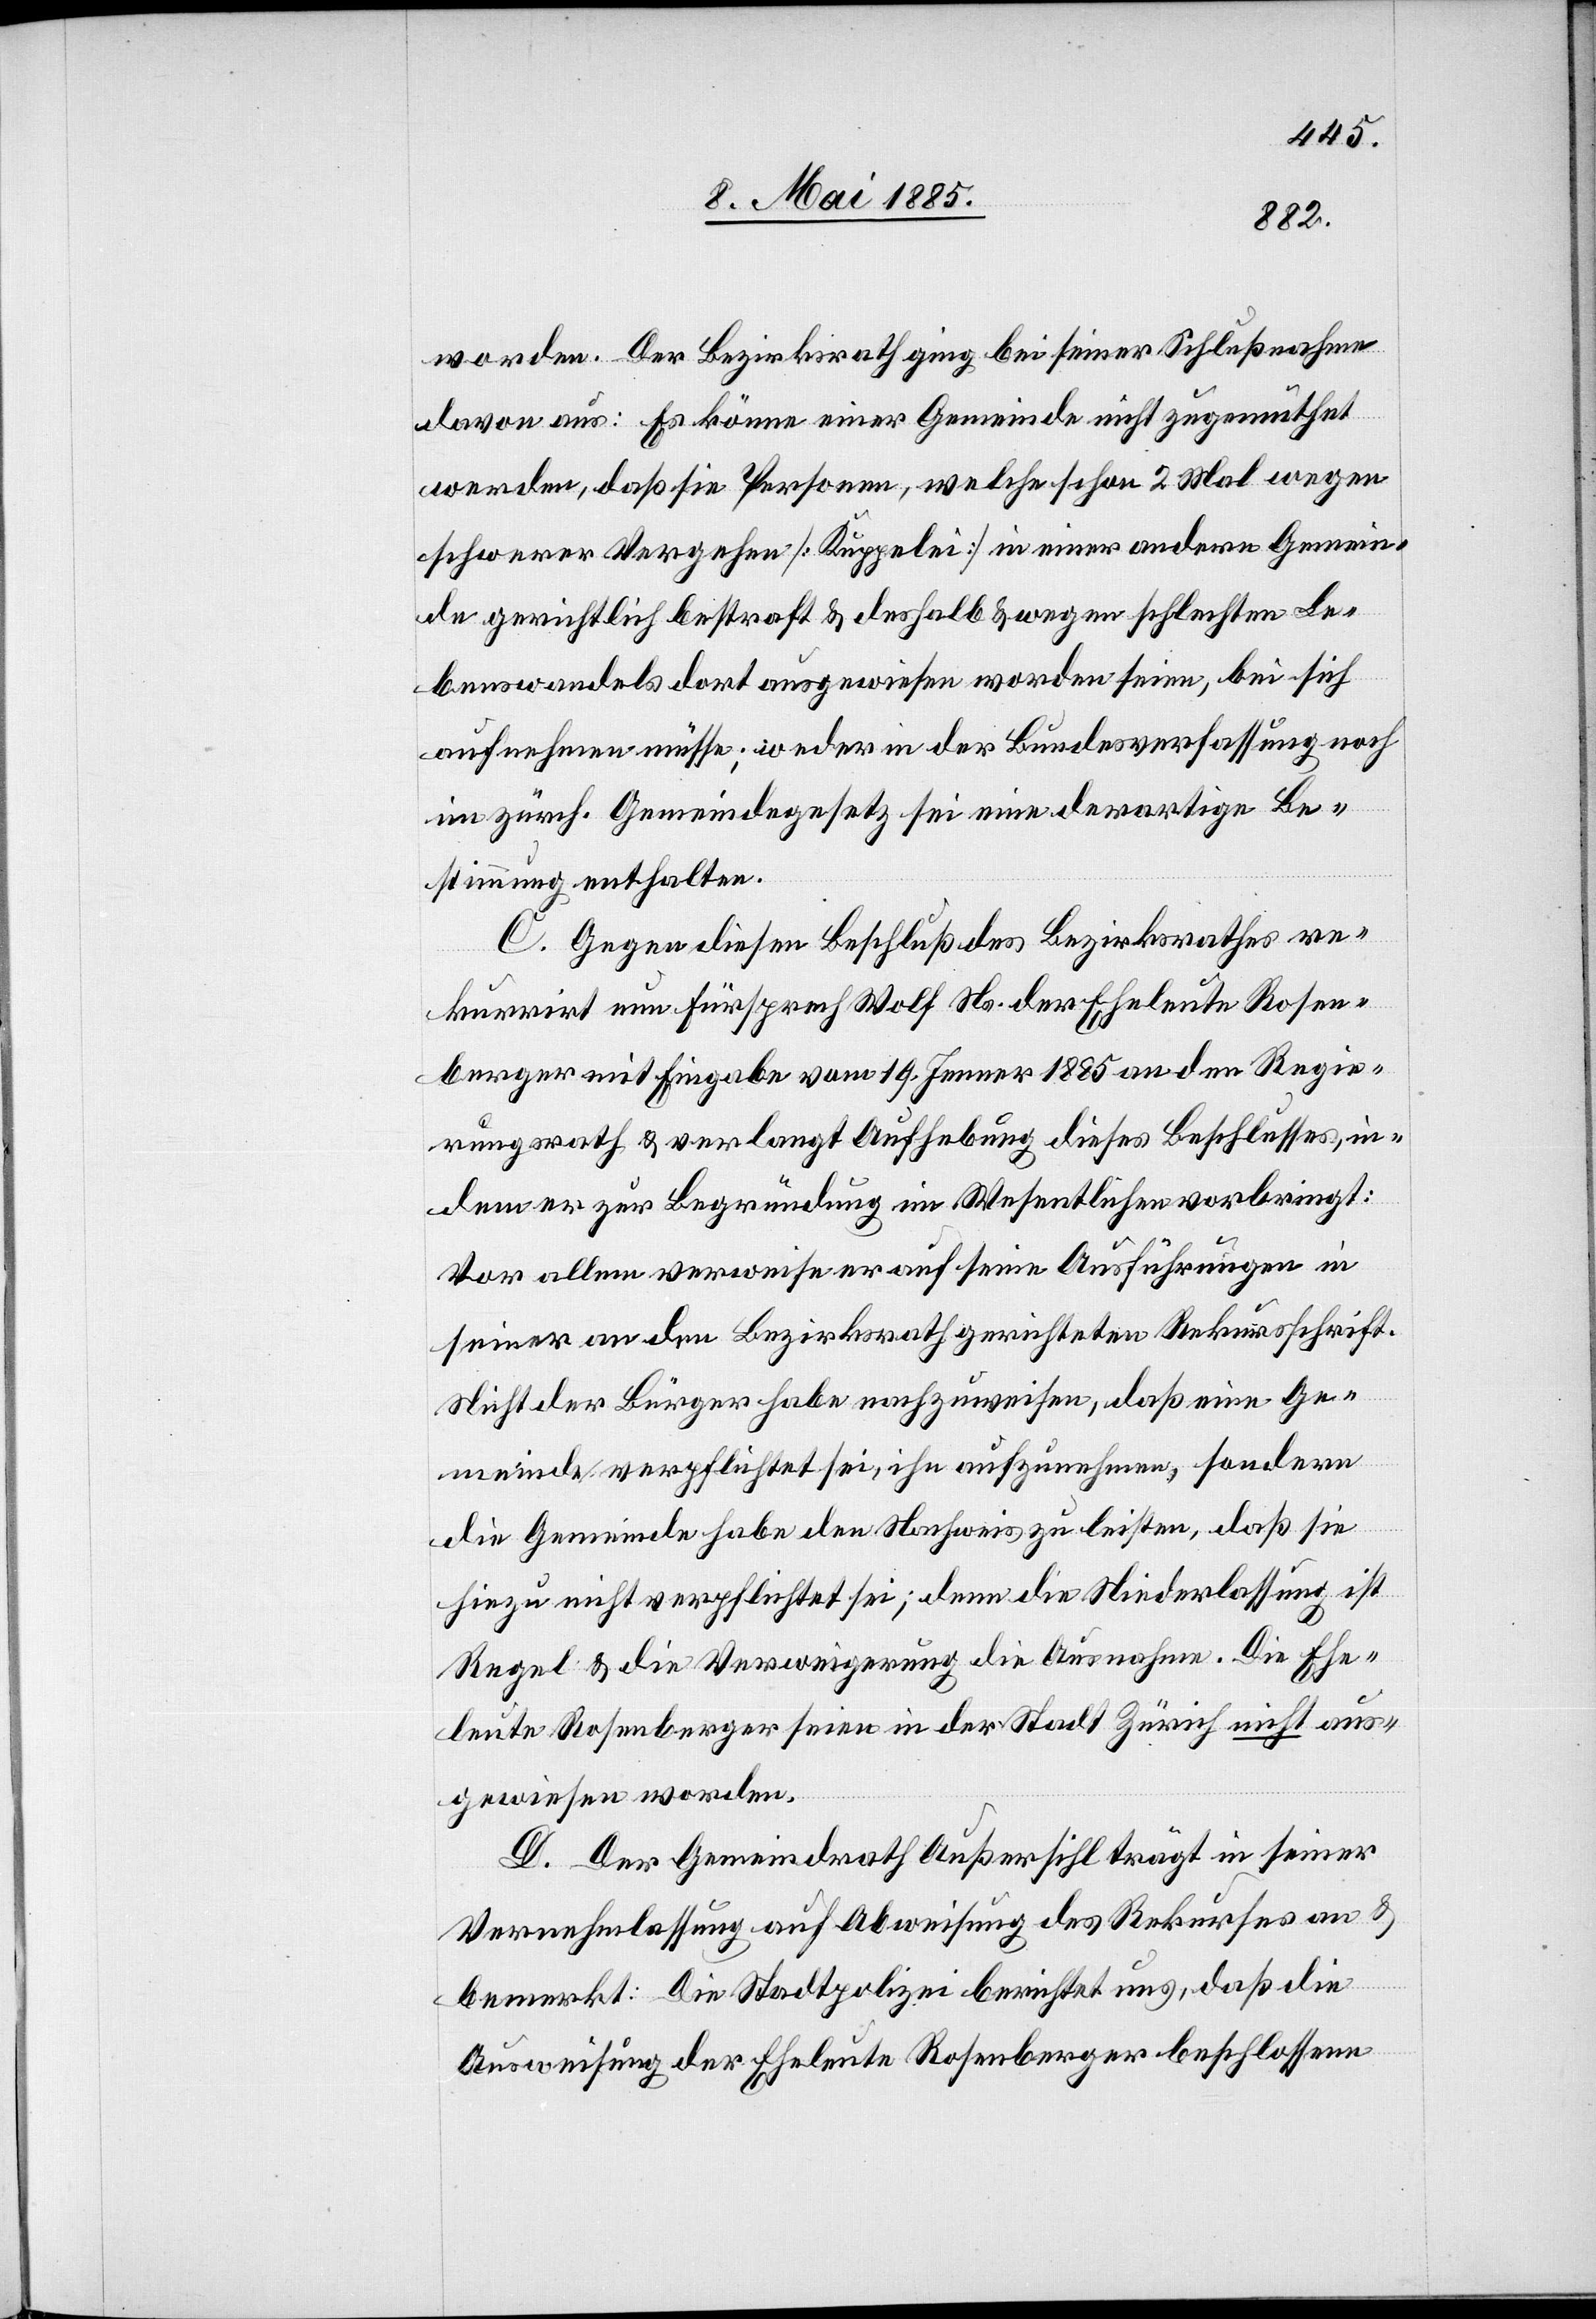
worden. Der Bezirksrath ging bei seiner Schlußnahme
davon aus: Es könne einer Gemeinde nicht zugemuthet
werden, daß sie Personen, welche schon 2 Mal wegen
schwerer Vergehen [Kuppelei] in einer andern Gemein¬
de gerichtlich bestraft & deshalb & wegen schlechten Le¬
benswandels dort ausgewiesen worden seien, bei sich
aufnehmen müsse; weder in der Bundesverfassung noch
im zürch. Gemeindegesetz sei eine derartige Be¬
stimmung enthalten.
C. Gegen diesen Beschluß des Bezirksrathes re¬
kurrirt nun Fürsprech Wolf Ns. der Eheleute Rosen¬
berger mit Eingabe vom 19. Jenner 1885 an den Regie¬
rungsrath & verlangt Aufhebung dieses Beschlusses, in¬
dem er zur Begründung im Wesentlichen vorbringt:
Vor allem verweise er auf seine Ausführungen in
seiner an den Bezirksrath gerichteten Rekursschrift.
Nicht der Bürger habe nachzuweisen, daß eine Ge¬
meinde verpflichtet sei, ihn aufzunehmen, sondern
die Gemeinde habe den Nachweis zu leisten, daß sie
hiezu nicht verpflichtet sei; denn die Niederlassung ist
Regel & die Verweigerung die Ausnahme. Die Ehe¬
leute Rosenberger seien in der Stadt Zürich nicht aus¬
gewiesen worden.
D. Der Gemeindrath Außersihl trägt in seiner
Vernehmlassung auf Abweisung des Rekurses an &
bemerkt: Die Stadtpolizei berichtet uns, daß die
Ausweisung der Eheleute Rosenberger beschlossene